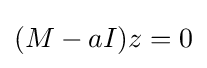
(M-aI)z=0